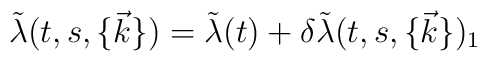
\tilde {\lambda} (t,s, \{\vec{k}\})= \tilde{\lambda} (t) + \delta \tilde{\lambda} (t,s,\{\vec{k}\})_1